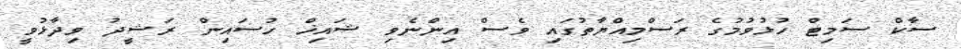
ސާކް ސަމިޓް ހުޅުވުމުގެ ރަސްމިއްޔާތުގައި ވެސް އިންނެވި ޝައިޚް ހުސައިން ރަޝީދު ވިދާޅުވީ